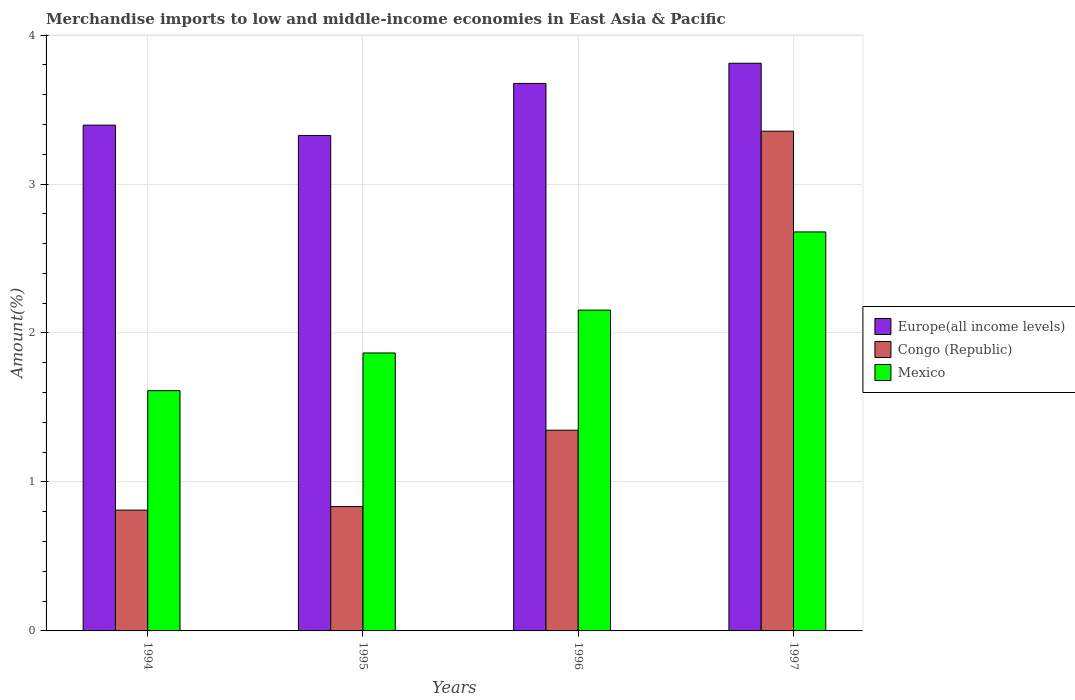
| Years | Europe(all income levels) | Congo (Republic) | Mexico |
 | --- | --- | --- | --- |
 | 1994 | 3.4 | 0.811 | 1.61 |
 | 1995 | 3.33 | 0.835 | 1.87 |
 | 1996 | 3.68 | 1.35 | 2.15 |
 | 1997 | 3.81 | 3.35 | 2.68 |